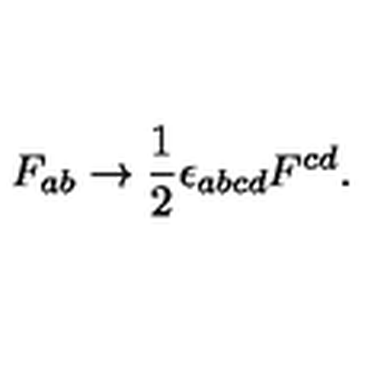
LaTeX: F _ { a b } \rightarrow { \frac { 1 } { 2 } } \epsilon _ { a b c d } F ^ { c d } .